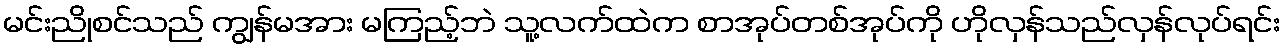
မင်းညိုစင်သည် ကျွန်မအား မကြည့်ဘဲ သူ့လက်ထဲက စာအုပ်တစ်အုပ်ကို ဟိုလှန်သည်လှန်လုပ်ရင်း